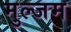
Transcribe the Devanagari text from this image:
मुल्जम